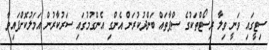
ސިޓީގައި ވަނީ ވިލާ ރިސޯޓްތަކުގެ ސްޕާތައް ބަންދުކުރަން އެންގި އެންގުމުގައި ސަރުކާރުން އަމަލުކޮށްފައިވާ